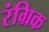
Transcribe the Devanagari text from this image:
रंग्रिक